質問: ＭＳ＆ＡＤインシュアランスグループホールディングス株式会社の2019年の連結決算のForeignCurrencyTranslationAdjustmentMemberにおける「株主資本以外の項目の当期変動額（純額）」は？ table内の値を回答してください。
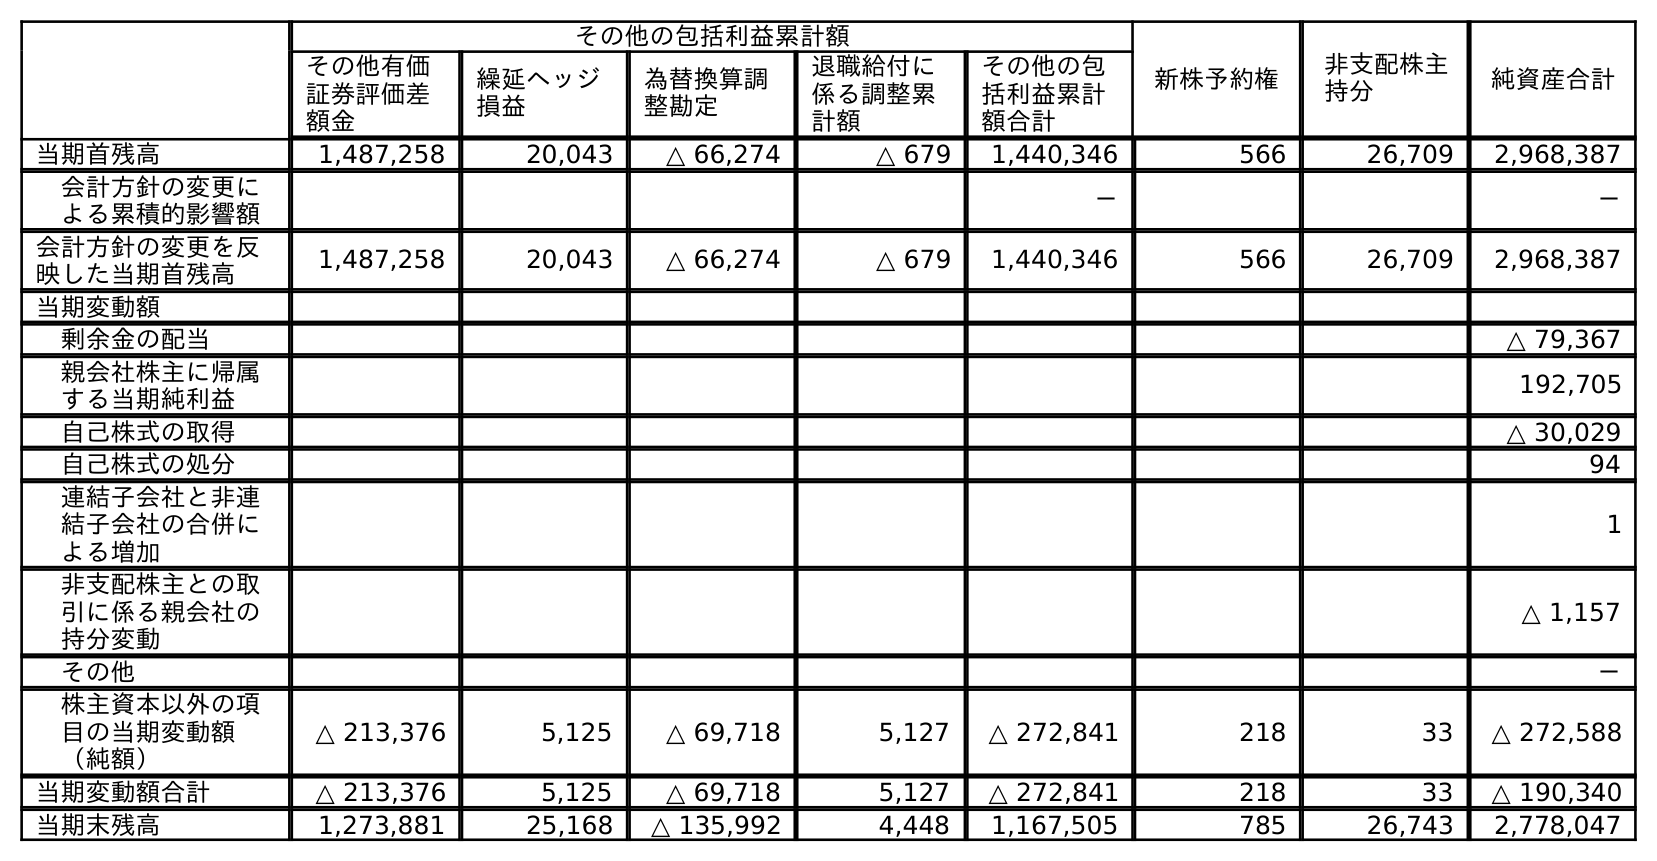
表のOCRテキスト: その他の包括利益累計額 新株予約権 非支配株主 持分 純資産合計 その他有価 証券評価差 額金 繰延ヘッジ 損益 為替換算調 整勘定 退職給付に 係る調整累 計額 その他の包 括利益累計 額合計 当期首残高 1,487,258 20,043 △ 66,274 △ 679 1,440,346 566 26,709 2,968,387 会計方針の変更に よる累積的影響額 － － 会計方針の変更を反 映した当期首残高 1,487,258 20,043 △ 66,274 △ 679 1,440,346 566 26,709 2,968,387 当期変動額 剰余金の配当 △ 79,367 親会社株主に帰属 する当期純利益 192,705 自己株式の取得 △ 30,029 自己株式の処分 94 連結子会社と非連 結子会社の合併に よる増加 1 非支配株主との取 引に係る親会社の 持分変動 △ 1,157 その他 － 株主資本以外の項 目の当期変動額 （純額） △ 213,376 5,125 △ 69,718 5,127 △ 272,841 218 33 △ 272,588 当期変動額合計 △ 213,376 5,125 △ 69,718 5,127 △ 272,841 218 33 △ 190,340 当期末残高 1,273,881 25,168 △ 135,992 4,448 1,167,505 785 26,743 2,778,047
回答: △69,718